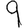
Digit: 9